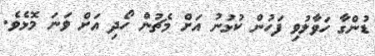
ޑުންގާ ހަވާލުވި ފަހުން ކުޅުނު އަށް މެޗުން ހޯދި އަށް ވަނަ މޮޅެވެ.